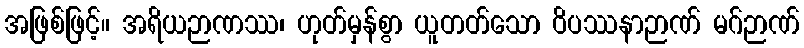
အဖြစ်ဖြင့်။ အရိယဉာဏဿ၊ ဟုတ်မှန်စွာ ယူတတ်သော ဝိပဿနာဉာဏ် မဂ်ဉာဏ်